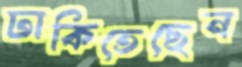
ঢাকিতেছেন